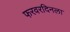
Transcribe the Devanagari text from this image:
फरवरदिनला